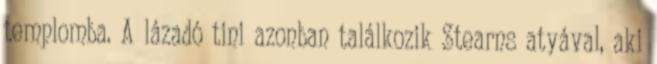
templomba. A lázadó tini azonban találkozik Stearns atyával, aki